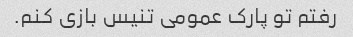
رفتم تو پارک عمومی تنیس بازی کنم.